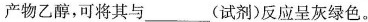
产物乙醇，可将其与___(试剂)反应呈灰绿色。